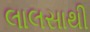
લાલસાથી